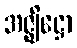
အဇ္ဈိဋ္ဌော